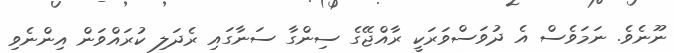
ނޫނެވެ. ނަމަވެސް އެ ދުވަސްވަރަކީ ރާއްޖޭގެ ސިންގާ ސަނާގައި ރެދަލި ކުރައްވަން އިންނެވި